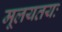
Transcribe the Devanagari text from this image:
मूलयतयः